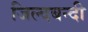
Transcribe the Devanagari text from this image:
जिल्दबन्दी